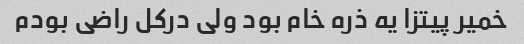
خمیر پیتزا یه ذره خام بود ولی درکل راضی بودم